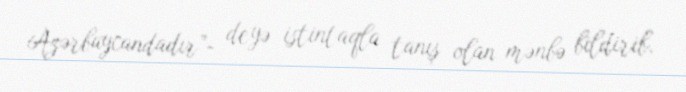
Azərbaycandadır”- deyə istintaqla tanış olan mənbə bildirib.